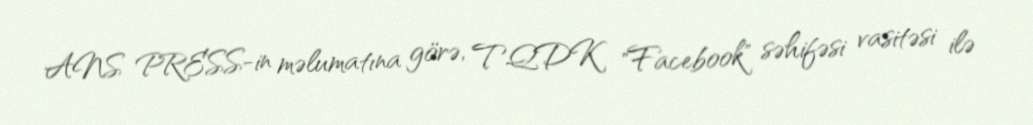
ANS PRESS-in məlumatına görə, TQDK "Facebook" səhifəsi vasitəsi ilə